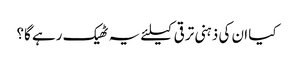
کیا ان کی ذہنی ترقی کیلئے یہ ٹھیک رہے گا؟